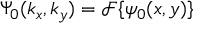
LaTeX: \Psi _ { 0 } ( k _ { x } , k _ { y } ) = { \mathcal { F } } \{ \psi _ { 0 } ( x , y ) \}